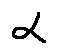
\alpha